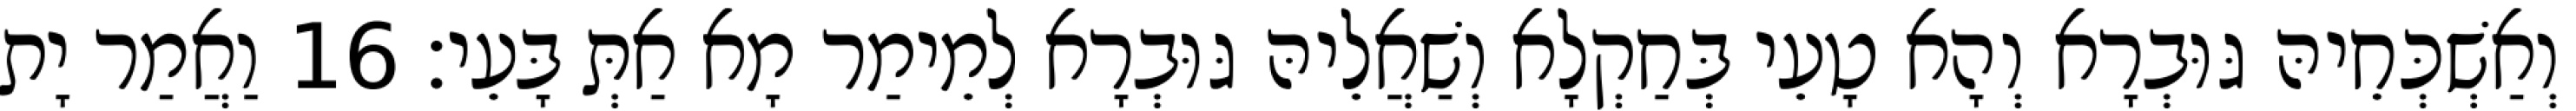
וְאַשְׁכְּחֵיהּ גּוּבְרָא וְהָא טָעֵי בְּחַקְלָא וְשַׁאֲלֵיהּ גּוּבְרָא לְמֵימַר מָא אַתְּ בָּעֵי׃ 16 וַאֲמַר יָת